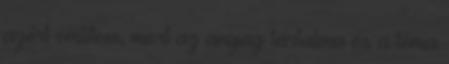
azért említem, mert az anyag tartalma és a téma